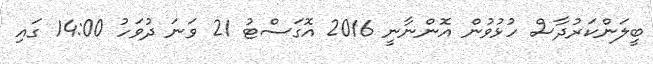
ބީލަންކަރުދާސް ހުޅުވުން އޮންނާނީ 2016 އޮގަސްޓު 21 ވަނަ ދުވަހު 14:00 ގައި